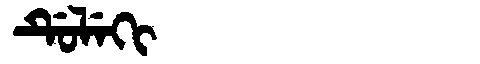
Manchu: ᡩᡠᠯᡝᡴᡳ
Romanization: DULEKI